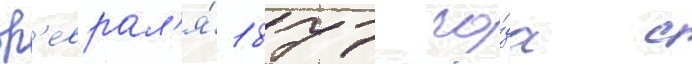
ф'еврал'я́ 1877 го́да с